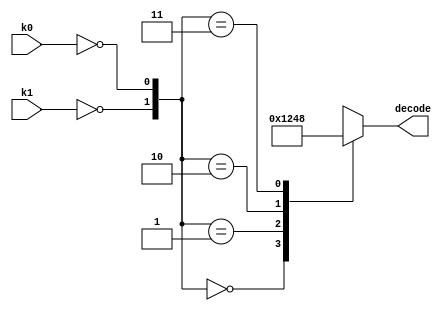
module decoder_2_4 (
	input k0,
	input k1,
	
	output reg [3:0] decode
);

// RTL
// 
always @(*) begin
	case({!k1,!k0})
		2'b00: decode = 4'b0001;
		2'b01: decode = 4'b0010;
		2'b10: decode = 4'b0100;
		2'b11: decode = 4'b1000;
	endcase
end

endmodule